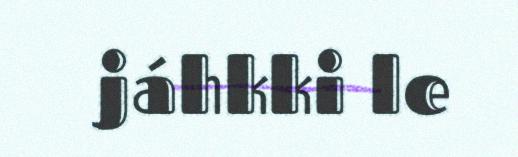
jáhkki le